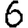
Digit: 6